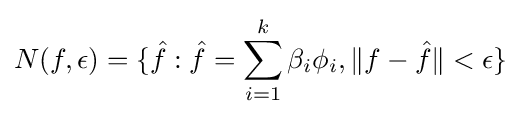
N(f,\epsilon )=\{{\hat {f}}:{\hat {f}}=\sum _{i=1}^{k}\beta _{i}\phi _{i},\|f-{\hat {f}}\|<\epsilon \}